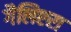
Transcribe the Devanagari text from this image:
गैलिएरा